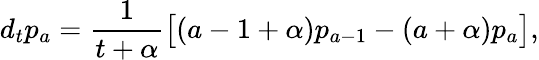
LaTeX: d_{t}p_{a}=\frac{1}{t+\alpha}\big[(a-1+\alpha)p_{a-1}-(a+\alpha)p_{a}\big],